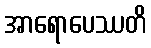
အာရောပေဿတိ